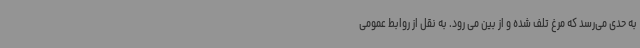
به حدی می‌رسد که مرغ تلف شده و از بین می رود. به نقل از روابط عمومی